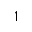
1